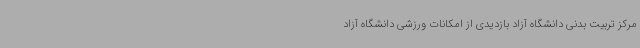
مرکز تربیت بدنی دانشگاه آزاد بازدیدی از امکانات ورزشی دانشگاه آزاد